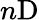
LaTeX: n\mathrm{D}